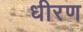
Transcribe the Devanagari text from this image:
धीरण